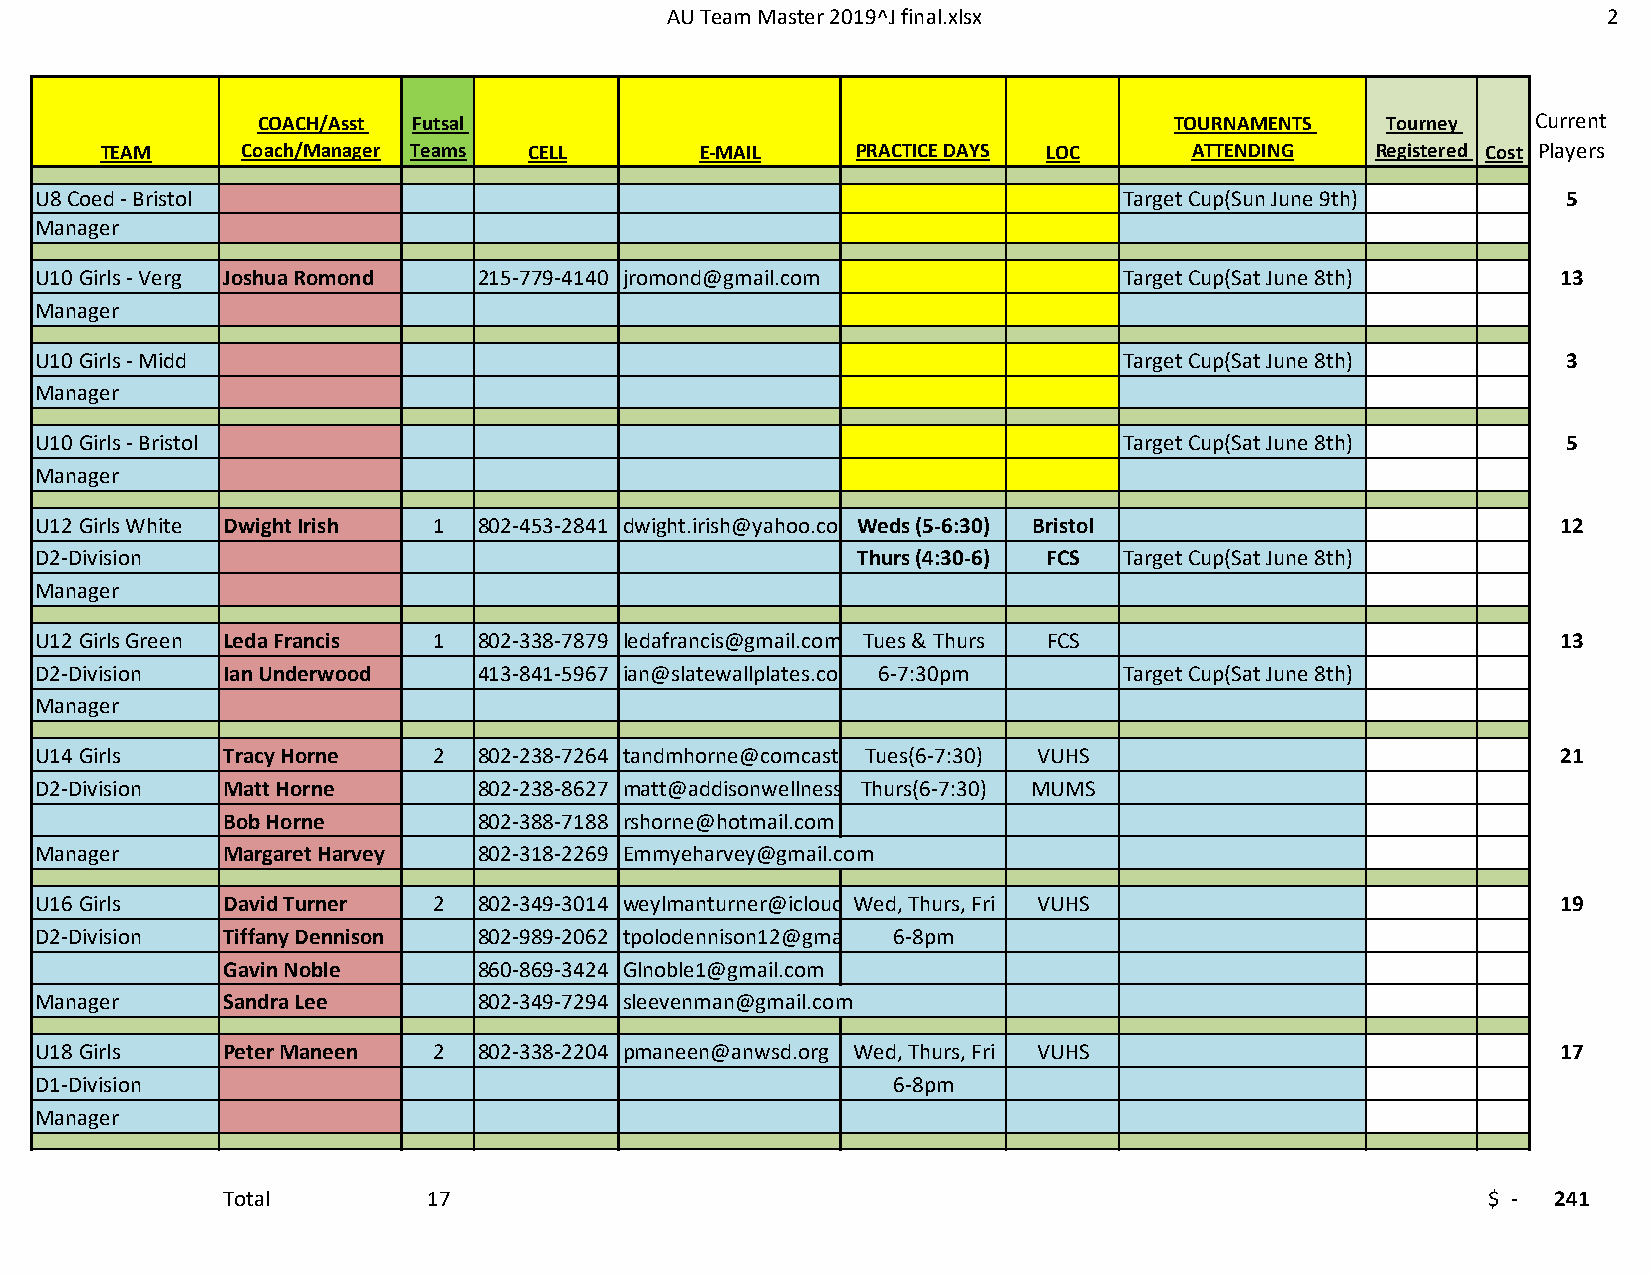
AU Team Master 2019^J final.xlsx                              2
 COACH/Asst Futsal                                            TOURNAMENTS   Tourney   Current
 TEAM     Coach/Manager Teams CELL      E-MAIL     PRACTICE DAYS LOC     ATTENDING   Registered Cost Players
 U8 Coed - Bristol                                                       Target Cup(Sun June 9th)      5
 Manager
 U10 Girls - Verg Joshua Romond 215-779-4140 jromond@gmail.com           Target Cup(Sat June 8th)     13
 Manager
 U10 Girls - Midd                                                        Target Cup(Sat June 8th)      3
 Manager
 U10 Girls - Bristol                                                     Target Cup(Sat June 8th)      5
 Manager
 U12 Girls White Dwight Irish 1 802-453-2841 dwight.irish@yahoo.co Weds (5-6:30) Bristol              12
 D2-Division                                            Thurs (4:30-6) FCS Target Cup(Sat June 8th)
 Manager
 U12 Girls Green Leda Francis 1 802-338-7879 ledafrancis@gmail.com Tues & Thurs FCS                   13
 D2-Division  Ian Underwood    413-841-5967 ian@slatewallplates.co 6-7:30pm Target Cup(Sat June 8th)
 Manager
 U14 Girls    Tracy Horne   2  802-238-7264 tandmhorne@comcast Tues(6-7:30) VUHS                      21
 D2-Division  Matt Horne       802-238-8627 matt@addisonwellness Thurs(6-7:30) MUMS
 Bob Horne        802-388-7188 rshorne@hotmail.com
 Manager      Margaret Harvey  802-318-2269 Emmyeharvey@gmail.com
 U16 Girls    David Turner  2  802-349-3014 weylmanturner@icloud Wed, Thurs, Fri VUHS                 19
 D2-Division  Tiffany Dennison 802-989-2062 tpolodennison12@gma 6-8pm
 Gavin Noble      860-869-3424 Glnoble1@gmail.com
 Manager      Sandra Lee       802-349-7294 sleevenman@gmail.com
 U18 Girls    Peter Maneen  2  802-338-2204 pmaneen@anwsd.org Wed, Thurs, Fri VUHS                    17
 D1-Division                                              6-8pm
 Manager
 Total        17                                                                    $ -  241